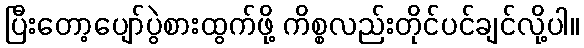
ပြီးတော့ပျော်ပွဲစားထွက်ဖို့ ကိစ္စလည်းတိုင်ပင်ချင်လို့ပါ။